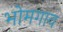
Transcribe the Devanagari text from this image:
भोमगाव